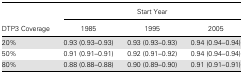
<table><thead><tr><td rowspan="2"><b>DTP3 Coverage</b></td><td colspan="3"><b>Start Year</b></td></tr><tr><td><b>1985</b></td><td><b>1995</b></td><td><b>2005</b></td></tr></thead><tbody><tr><td>20%</td><td>0.93 (0.93–0.93)</td><td>0.93 (0.93–0.93)</td><td>0.94 (0.94–0.94)</td></tr><tr><td>50%</td><td>0.91 (0.91–0.91)</td><td>0.92 (0.91–0.92)</td><td>0.94 (0.94–0.94)</td></tr><tr><td>80%</td><td>0.88 (0.88–0.88)</td><td>0.90 (0.89–0.90)</td><td>0.91 (0.91–0.91)</td></tr></tbody></table>